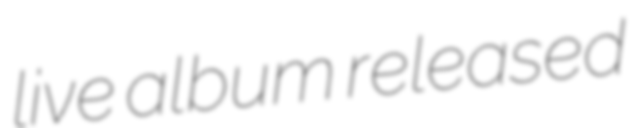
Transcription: live album released